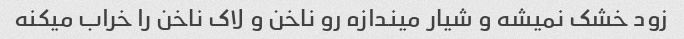
زود خشک نمیشه و شیار میندازه رو ناخن و لاک ناخن را خراب میکنه